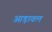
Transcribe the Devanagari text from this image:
आड़ावल